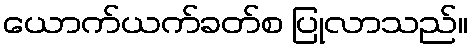
ယောက်ယက်ခတ်စ ပြုလာသည်။